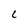
Character: C